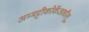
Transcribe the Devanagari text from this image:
अम्मट्टीकोर्केअकौलू